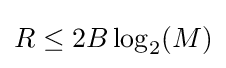
R\leq 2B\log _{2}(M)